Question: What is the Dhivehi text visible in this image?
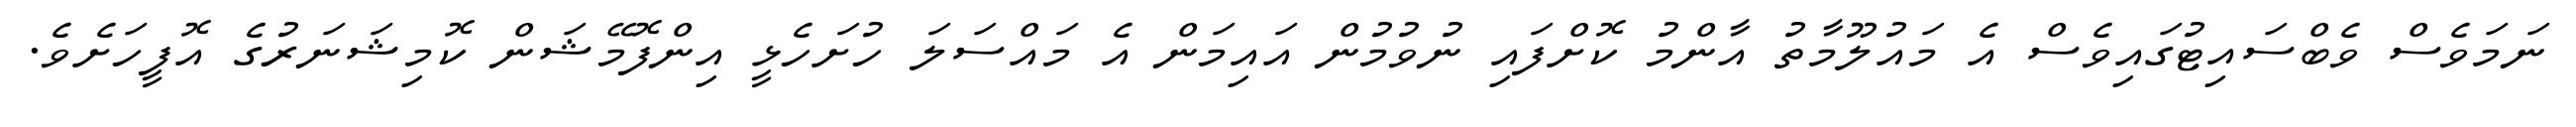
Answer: ނަމަވެސް ވެބްސައިޓުގައިވެސް އެ މައުލޫމާތު އާންމު ކޮށްފައި ނުވުމުން އައިމަން އެ މައްސަލަ ހުށަހެޅީ އިންފޮމޭޝަން ކޮމިޝަނަރުގެ އޮފީހަށެވެ.